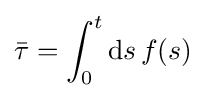
{\bar {\tau }}=\int _{0}^{t}\operatorname {d} \!s\,f(s)